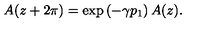
A ( z + 2 \pi ) = \exp \left( - \gamma p _ { 1 } \right) A ( z ) .